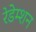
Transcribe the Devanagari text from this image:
रेडेम्शन